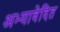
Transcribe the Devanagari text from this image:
अभ्यावेदित